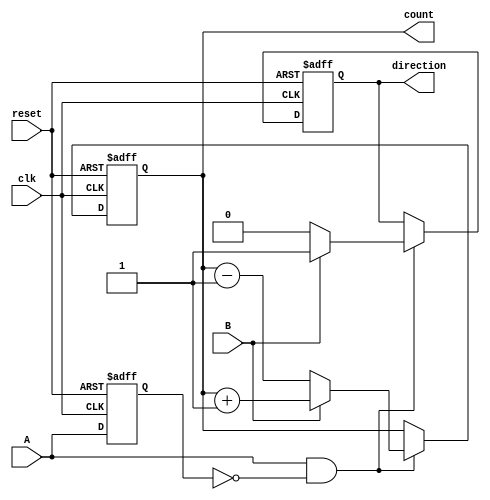
module rotary_encoder (
    input wire A,          // Rotary encoder signal A
    input wire B,          // Rotary encoder signal B
    input wire reset,      // Reset signal
    input wire clk,        // Clock signal
    output reg [7:0] count, // 8-bit count output
    output reg direction    // Direction output: 0 for counterclockwise, 1 for clockwise
);

    // Internal states to hold previous values of A and B
    reg A_prev;
    reg B_prev;

    // State change detection and counting logic
    always @(posedge clk or posedge reset) begin
        if (reset) begin
            count <= 8'b0;      // Reset count to 0
            direction <= 1'b0;  // Reset direction
            A_prev <= 1'b0;     // Reset previous A state
            B_prev <= 1'b0;     // Reset previous B state
        end else begin
            // Detect rising edge of A
            if (A && !A_prev) begin
                // Determine direction based on B state
                if (B) begin
                    count <= count + 1; // Clockwise
                    direction <= 1'b1;   // Set direction to clockwise
                end else begin
                    count <= count - 1; // Counterclockwise
                    direction <= 1'b0;   // Set direction to counterclockwise
                end
            end
            
            // Update previous states
            A_prev <= A;
            B_prev <= B;
        end
    end

endmodule